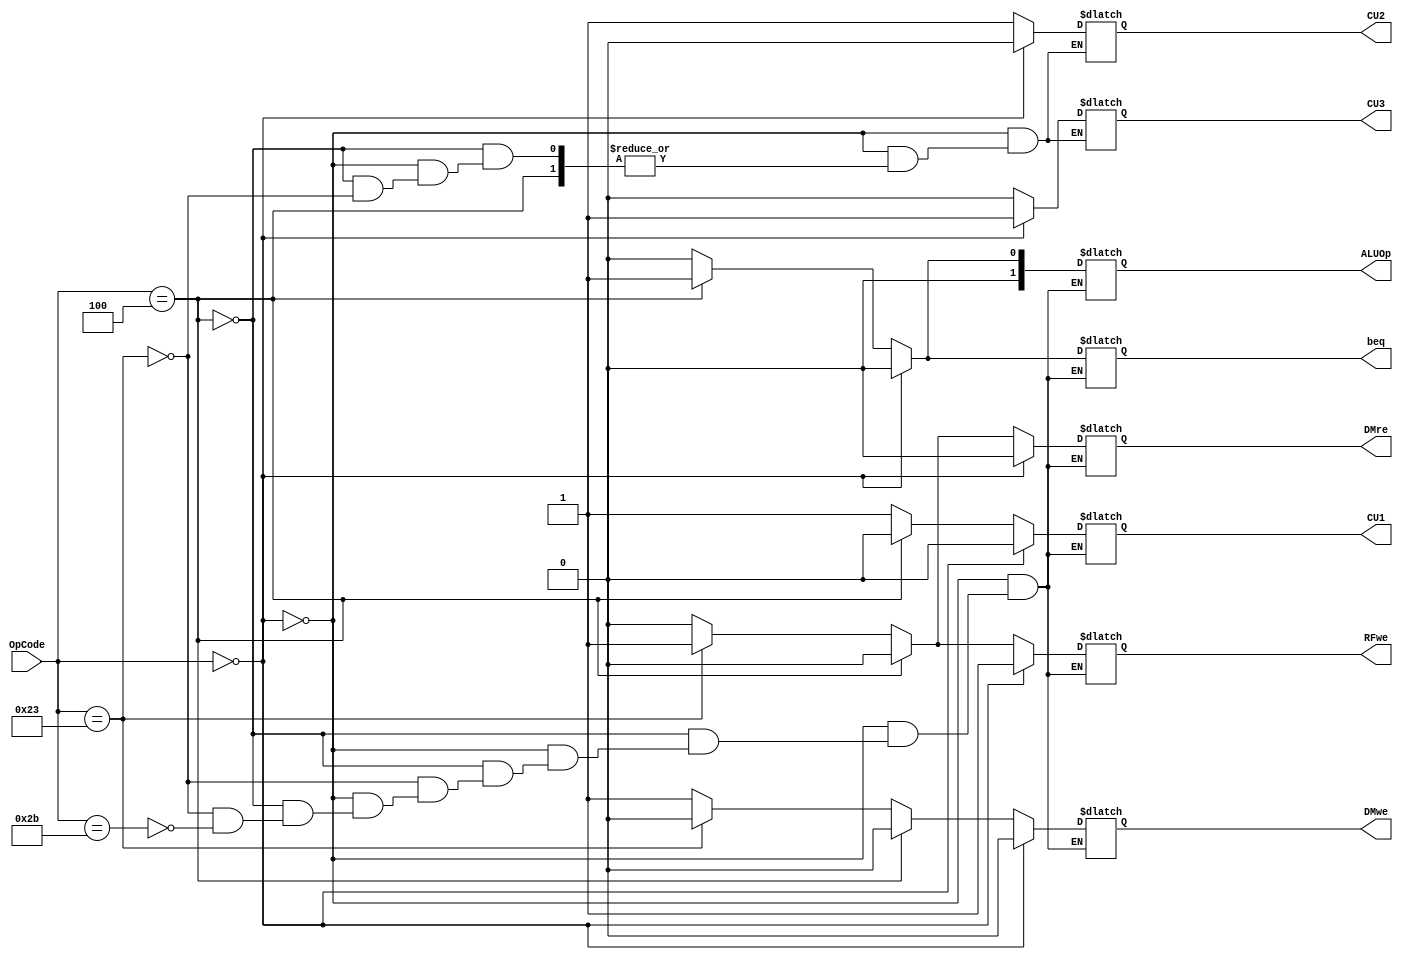
module MainControl (OpCode, ALUOp, CU1, CU2, CU3, beq, RFwe, DMwe, DMre);
	input [5:0] OpCode;
	output reg [1:0] ALUOp;
	output reg CU1;	//ALUinput2
	output reg CU2;	//RFWriteDataInput
	output reg CU3;	//RFRDInput
	output reg beq;
	output reg RFwe;
	output reg DMwe;
	output reg DMre;
	
	always@(OpCode) begin
		if (OpCode==0) begin		//arithmetic operations (R type)
			CU1=0;
			CU2=0;
			CU3=1;
			beq=0;
			RFwe=1;
			DMwe=0;
			DMre=0;
			ALUOp=0;
		end
		
		else if (OpCode==4) begin		//beq
			CU1=0;
			//CU2 AND CU3 DOESN'T MATTER
			beq=1;
			RFwe=0;
			DMwe=0;
			DMre=0;
			ALUOp=1;
		end
		
		else if (OpCode==35) begin		//lw
			CU1=1;
			CU2=1;
			CU3=0;
			beq=0;
			RFwe=1;
			DMwe=0;
			DMre=1;
			ALUOp=0;
		end
		
		else if (OpCode==43) begin		//sw
			CU1=1;
			//CU2 AND CU3 DOESN'T MATTER			
			beq=0;
			RFwe=0;
			DMwe=1;
			DMre=0;
			ALUOp=0;
		end
	end
endmodule